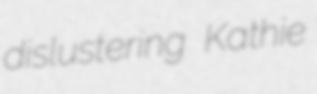
dislustering Kathie